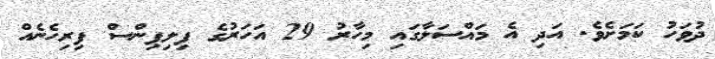
ދުވަހު ކަމަށެވެ. އަދި އެ މައްސަލާގައި މިހާރު 29 އަހަރުގެ ފިލިޕިންސް ފިރިހެނެއް